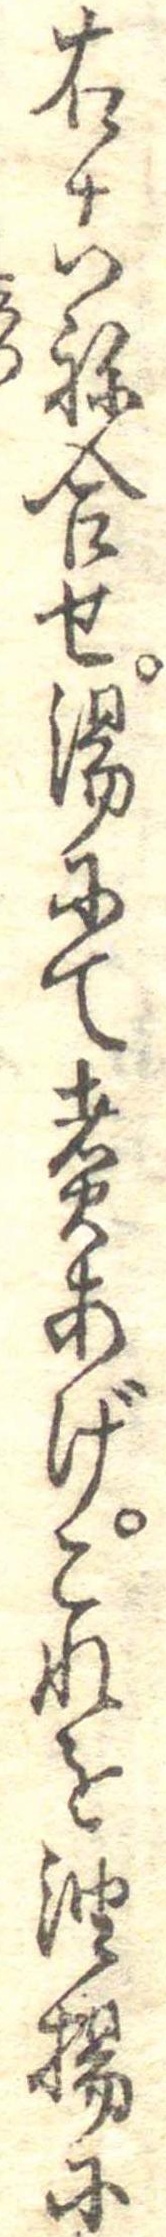
右こね合せ湯にて煮あげこれを油揚に